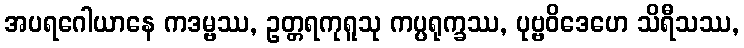
အပရဂေါယာနေ ကဒမ္ဗဿ, ဥတ္တရကုရူသု ကပ္ပရုက္ခဿ, ပုဗ္ဗဝိဒေဟေ သိရီသဿ,